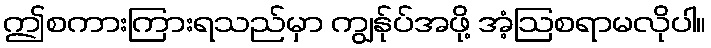
ဤစကားကြားရသည်မှာ ကျွန်ုပ်အဖို့ အံ့ဩစရာမလိုပါ။